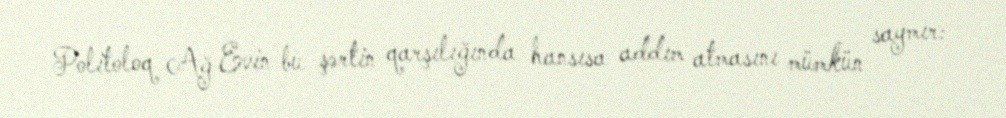
Politoloq Ağ Evin bu şərtin qarşılığında hansısa addım atmasını mümkün saymır: